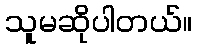
သူမဆိုပါတယ်။